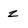
Character: z